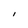
Character: I